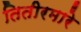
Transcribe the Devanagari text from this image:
तितीरमारे